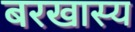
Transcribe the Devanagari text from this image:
बरखास्य